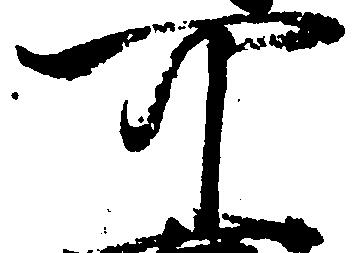
可